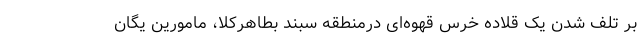
بر تلف شدن یک قلاده خرس قهوه‌ای درمنطقه سبند بطاهرکلا، مامورین یگان